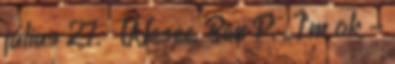
július 27. ↑ Wesee, Ben P. „I'm ok -